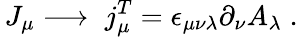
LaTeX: \, J_{\mu}\longrightarrow\; j_{\mu}^{T}=\epsilon_{\mu\nu\lambda}\partial_{\nu}A_{\lambda}\; .